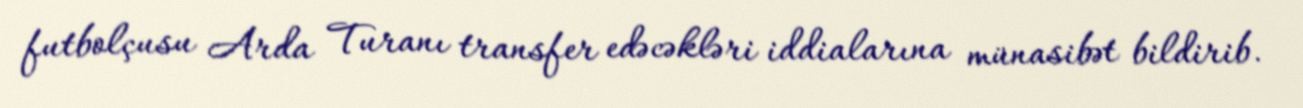
futbolçusu Arda Turanı transfer edəcəkləri iddialarına münasibət bildirib.